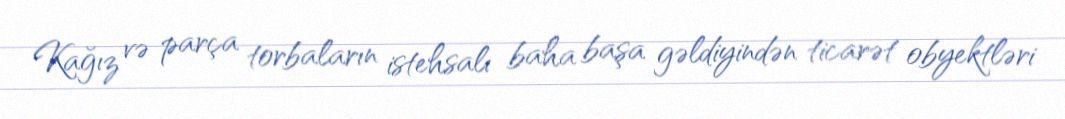
Kağız və parça torbaların istehsalı baha başa gəldiyindən ticarət obyektləri